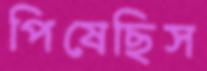
পিষেছিস